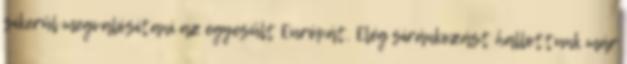
sikerül megvalósítani az egyesült Európát. Elég siránkozást hallottunk már